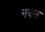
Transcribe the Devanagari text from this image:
नक्ल